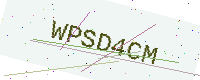
Text: WPSD4CM